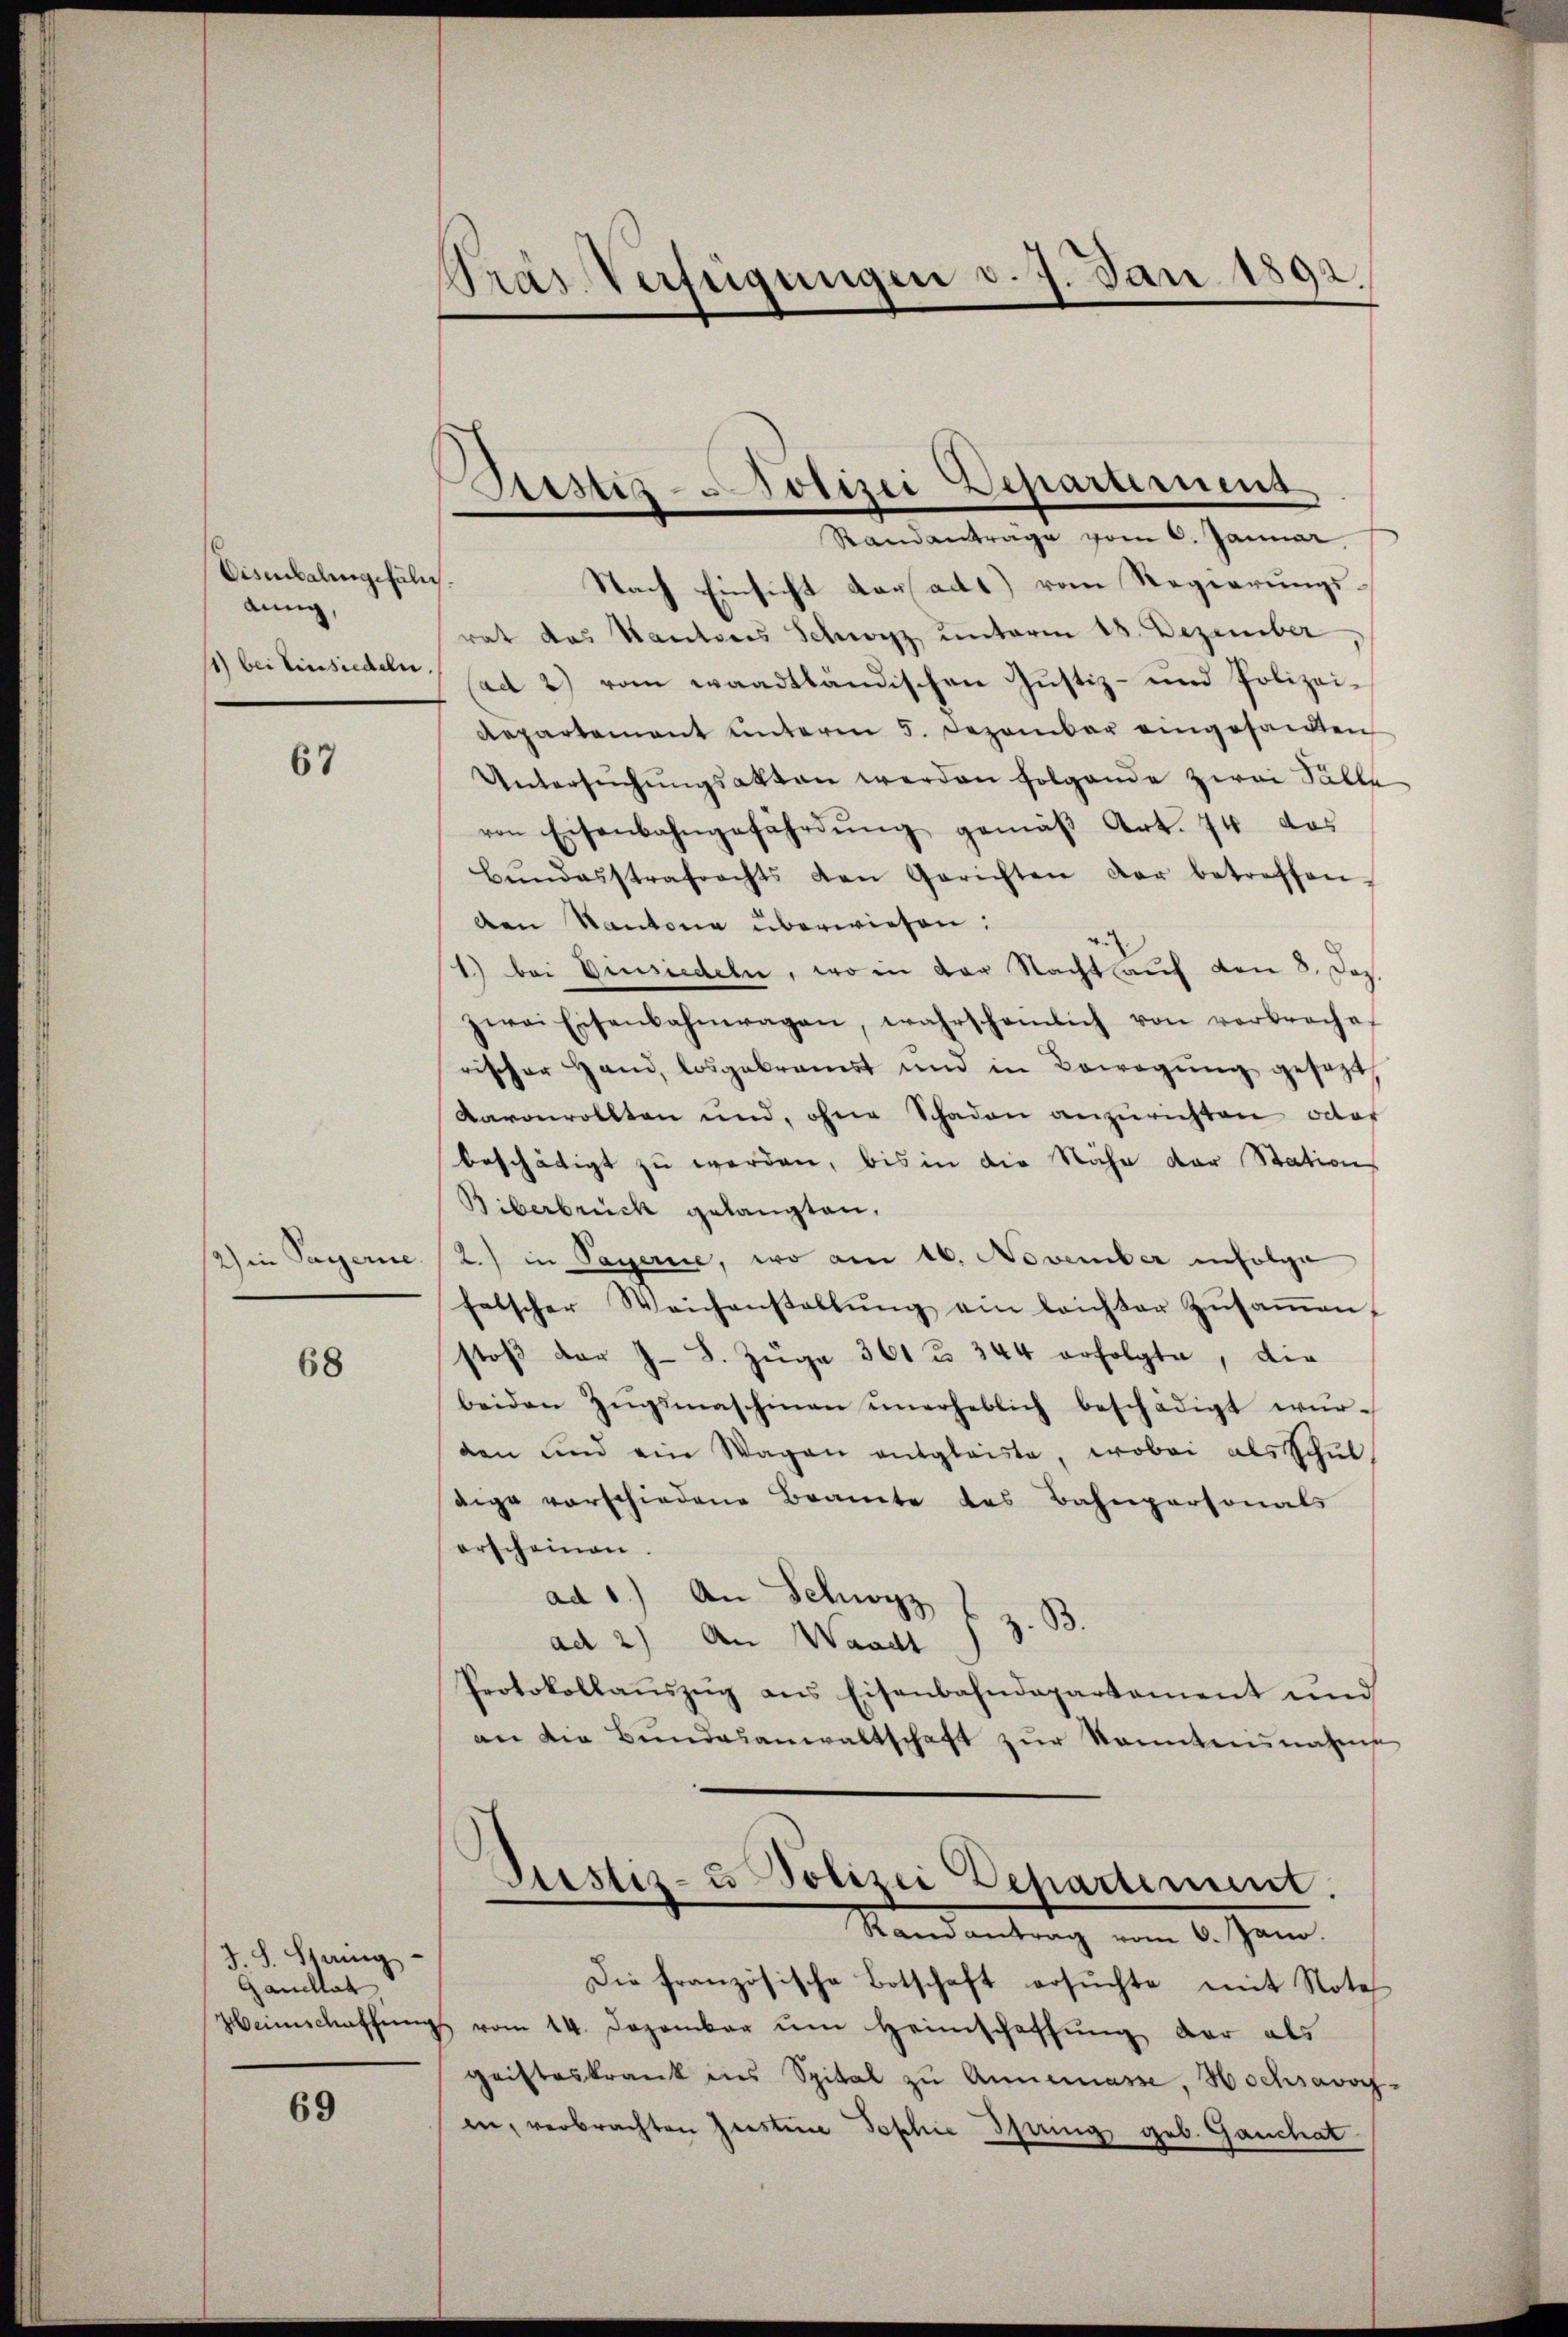
Eisenbalingefäl
anng,
11) bei Einsiedeln

67

2) in Payerne

68

J.S. Staing.
Ganellat
Heimschaffung

69

Pras Verfügungen d. 7. Jan. 1892.

Ristis-Polizei Departement
Randantrage vom 6. Januar

Nach Einsicht der adt) vom Regierungsrat das Kantons Schwyz unterm 18. Dezember,
(ad 2) vom waadtländischen Justiz- und Polizei¬
Repartement unterm 5. Dezember eingesandten
Untersŭchŭngsakten werden folgende zwei Fälle
von Eisenbahngefährdŭng gemäβ Art. 74 das
bŭndesstrafrechts den Gerichten dar betreffen.
den Kantone überwiesen:
1) bei Einsiedeln, wo in der Nacht auf den 8. Dez.
zwai Eisenbahnwagen, wahrschamlich von verbroche
rischer Hand, losgebrauert und in Bewegung gesezt,
Aaronrollten und, ohne Schaden anzurichten oder
beschätigt zu werden, bis in die Nähe der Station
Biberbrück gelangten,
2) in Payerie, wo am 16. November infolge
falscher Weichenstellŭng ein leichter Zusammen,
stoβ der J. J. Züge 361 u. 344 erfolgte, die
beiden Zŭgsmaschinen ŭnerheblich beschädigt wür-
den und ein Wagen entgleiste, wobei als schul
dige vorschiedene Braute des Bahnpersonals
erscheinen.
ad 1.) An Schwyz
t z. B.
ad 2) An Waadt
Protokollaŭszŭg ans Eisenbahndepartament und
an die Bŭndesanwaltschaft zŭr Kenntnisnahme
Dustiz- u Polizei Departement.
Randantrag vom 6. Jan.
Die französische Botschaft ersuchte mit Note
vom 14. Dezember ŭm Heimschaffung der als
gristeskrank ins Spital zu Annemasse, Hochsavoy
in, verbrachten Geisten Sophie Iherig geb. Gauchat